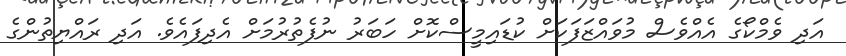
އަދި ވެމްކޯގެ އެއްވެސް މުވައްޒަފަކަށް ކުޑައިމީސްކޮށް ހަބަރު ނުފެތުރުމަށް އެދިފައެވެ. އަދި ރައްޔިތުންގެ